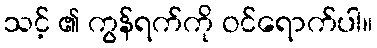
သင့် ၏ ကွန်ရက်ကို ဝင်ရောက်ပါ။